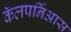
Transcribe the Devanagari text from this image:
कॅलपर्निआस